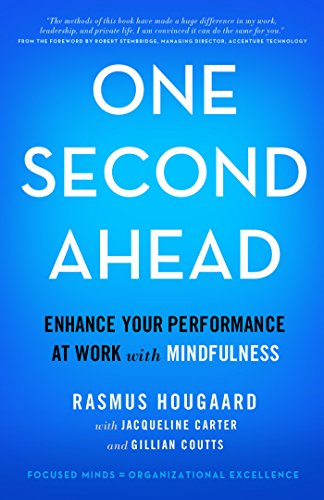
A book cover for One Second Ahead: Enhance Your Performance at Work with Mindfulness; Rasmus Hougaard; Business & Money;